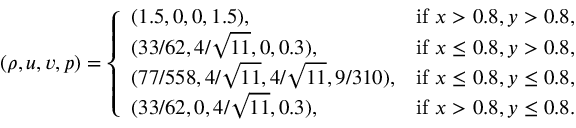
\left( \rho , u , v , p \right) = \left\{ \begin{array} { l l } { ( 1 . 5 , 0 , 0 , 1 . 5 ) , } & { \mathrm { i f ~ } x > 0 . 8 , y > 0 . 8 , } \\ { ( 3 3 / 6 2 , 4 / \sqrt { 1 1 } , 0 , 0 . 3 ) , } & { \mathrm { i f ~ } x \leq 0 . 8 , y > 0 . 8 , } \\ { ( 7 7 / 5 5 8 , 4 / \sqrt { 1 1 } , 4 / \sqrt { 1 1 } , 9 / 3 1 0 ) , } & { \mathrm { i f ~ } x \leq 0 . 8 , y \leq 0 . 8 , } \\ { ( 3 3 / 6 2 , 0 , 4 / \sqrt { 1 1 } , 0 . 3 ) , } & { \mathrm { i f ~ } x > 0 . 8 , y \leq 0 . 8 . } \end{array} \right.